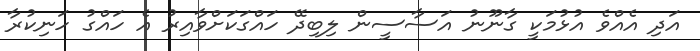
އަދި އެއްވެ އުޅުމަކީ ގާނޫނު އަސާސީން ލިބިދޭ ހައްގަކަށްވާއިރު އެ ހައްގު ހަނިކުރާ